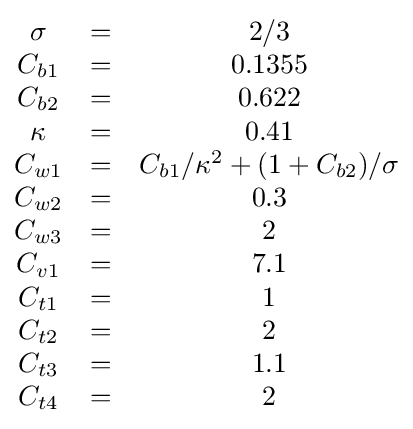
{\begin{matrix}\sigma &=&2/3\\C_{b1}&=&0.1355\\C_{b2}&=&0.622\\\kappa &=&0.41\\C_{w1}&=&C_{b1}/\kappa ^{2}+(1+C_{b2})/\sigma \\C_{w2}&=&0.3\\C_{w3}&=&2\\C_{v1}&=&7.1\\C_{t1}&=&1\\C_{t2}&=&2\\C_{t3}&=&1.1\\C_{t4}&=&2\end{matrix}}